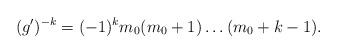
LaTeX: \begin{align*} (g')^{-k} = (-1)^k m_0(m_0+1) \ldots (m_0+k-1) . \end{align*}